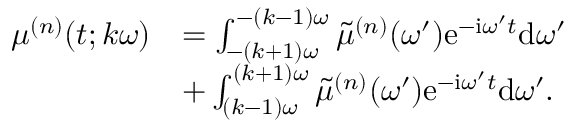
\begin{array} { r l } { \mu ^ { ( n ) } ( t ; k \omega ) } & { = \int _ { - ( k + 1 ) \omega } ^ { - ( k - 1 ) \omega } \tilde { \mu } ^ { ( n ) } ( \omega ^ { \prime } ) \mathrm { e } ^ { - \mathrm { i } \omega ^ { \prime } t } \mathrm { d } \omega ^ { \prime } } \\ & { + \int _ { ( k - 1 ) \omega } ^ { ( k + 1 ) \omega } \tilde { \mu } ^ { ( n ) } ( \omega ^ { \prime } ) \mathrm { e } ^ { - \mathrm { i } \omega ^ { \prime } t } \mathrm { d } \omega ^ { \prime } . } \end{array}